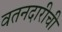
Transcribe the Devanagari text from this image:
वतनदारीची